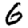
Digit: 6